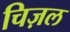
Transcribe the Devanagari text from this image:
चिज़ल